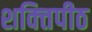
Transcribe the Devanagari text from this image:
शक्‍ितपीठ